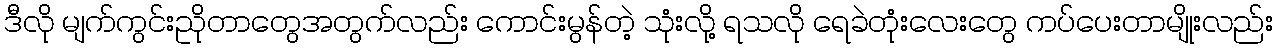
ဒီလို မျက်ကွင်းညိုတာတွေအတွက်လည်း ကောင်းမွန်တဲ့ သုံးလို့ ရသလို ရေခဲတုံးလေးတွေ ကပ်ပေးတာမျိုးလည်း